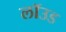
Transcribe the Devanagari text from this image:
लॉउड